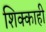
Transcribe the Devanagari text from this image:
शिक्काही